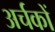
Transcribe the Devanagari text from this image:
अर्चकों